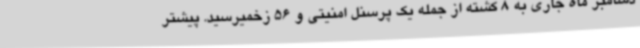
دسامبر ماه جاری به 8 کشته از جمله یک پرسنل امنیتی و 56 زخمیرسید. پیشتر